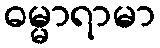
ဓမ္မာရာမာ